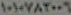
١٠١٠٧٨٢٠٠٦